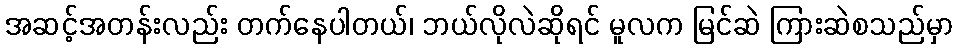
အဆင့်အတန်းလည်း တက်နေပါတယ်၊ ဘယ်လိုလဲဆိုရင် မူလက မြင်ဆဲ ကြားဆဲစသည်မှာ